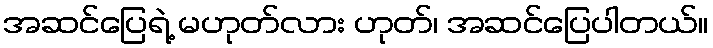
အဆင်ပြေရဲ့ မဟုတ်လား ဟုတ်၊ အဆင်ပြေပါတယ်။